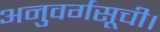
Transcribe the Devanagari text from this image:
अनुवर्गसूची।